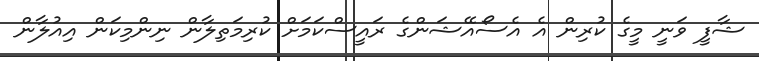
ޝާފީ ވަނީ މީގެ ކުރިން އެ އެސޯއޭޝަންގެ ރައީސްކަމަށް ކުރިމަތިލާން ނިންމިކަން އިއުލާން